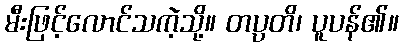
မီးဖြင့်လောင်သကဲ့သို့။ တပ္ပတိ၊ ပူပန်၏။